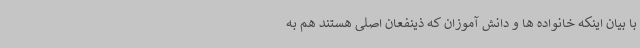
با بیان اینکه خانواده ها و دانش آموزان که ذینفعان اصلی هستند هم به